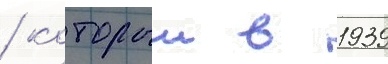
/ которыи в 1939